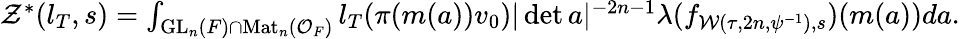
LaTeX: \begin{array}{r}{\mathcal{Z}^{\ast}(l_{T},s)=\int_{\mathrm{GL}_{n}(F)\cap\mathrm{Mat}_{n}(\mathcal{O}_{F})}l_{T}(\pi(m(a))v_{0})|\operatorname*{det}a|^{-2n-1}\lambda(f_{\mathcal{W}(\tau,2n,\psi^{-1}),s})(m(a))da.}\end{array}